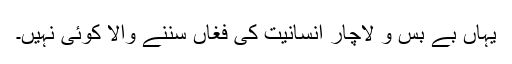
یہاں بے بس و لاچار انسانیت کی فغاں سننے والا کوئی نہیں۔